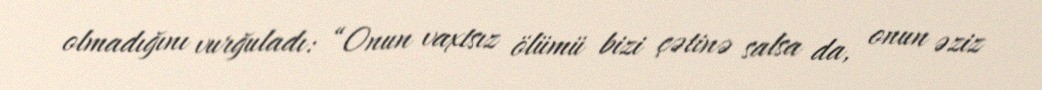
olmadığını vurğuladı: “Onun vaxtsız ölümü bizi çətinə salsa da, onun əziz